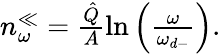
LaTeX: \begin{array}{r}{n_{\omega}^{\ll}=\frac{\hat{Q}}{A}\ln\left(\frac{\omega}{\omega_{d-}}\right).}\end{array}